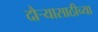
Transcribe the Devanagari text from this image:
दौऱ्यासाठीच्या